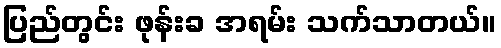
ပြည်တွင်း ဖုန်းခ အရမ်း သက်သာတယ်။